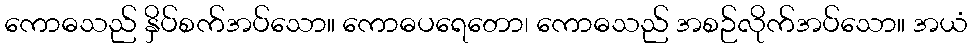
ကောဓသည် နှိပ်စက်အပ်သော။ ကောဓပရေတော၊ ကောဓသည် အစဉ်လိုက်အပ်သော။ အယံ